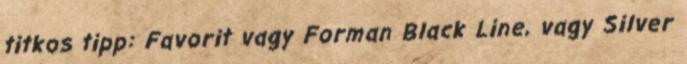
titkos tipp: Favorit vagy Forman Black Line, vagy Silver